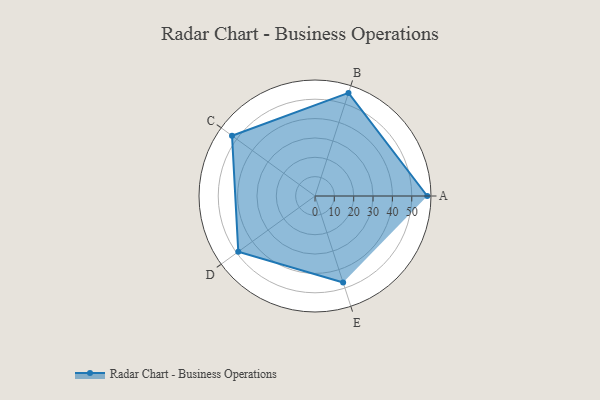
{"axis": {"x": "Skill", "y": "Score"}, "legend": ["Profile"], "data": [{"x": "A", "y": 58.0, "type": "Profile"}, {"x": "B", "y": 56.0, "type": "Profile"}, {"x": "C", "y": 53.0, "type": "Profile"}, {"x": "D", "y": 49.0, "type": "Profile"}, {"x": "E", "y": 47.0, "type": "Profile"}]}